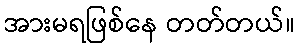
အားမရဖြစ်နေ တတ်တယ်။